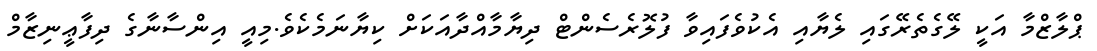
ޕްލާޒްމާ އަކީ ލޭގެތެރޭގައި ލެޔާއި އެކުވެފައިވާ ފުލޮރެސެންޓް ދިޔާމާއްދާއަކަށް ކިޔާނަމެކެވެ.މިއީ އިންސާނާގެ ދިފާޢީނިޒާމް